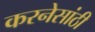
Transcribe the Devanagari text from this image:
करनेसांठी